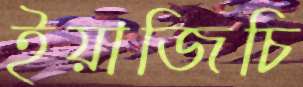
ইয়াজিচি